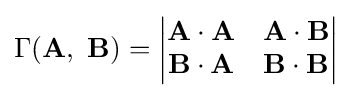
\Gamma (\mathbf {A} ,\ \mathbf {B} )={\begin{vmatrix}\mathbf {A\cdot A} &\mathbf {A\cdot B} \\\mathbf {B\cdot A} &\mathbf {B\cdot B} \end{vmatrix}}\